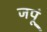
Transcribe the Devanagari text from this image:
जपूं